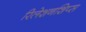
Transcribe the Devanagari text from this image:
रिलेशनशिप्स